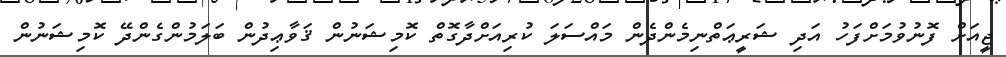
ޖީއަށް ފޮނުވުމަށްފަހު އަދި ޝަރީޢަތްނިމެންދެން މައްސަލަ ކުރިއަށްދާގޮތް ކޮމިޝަނުން ޤަވާޢިދުން ބަލަމުންގެންދޭ ކޮމިޝަނުން